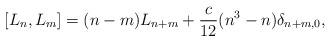
LaTeX: \begin{align*}[L_{n},L_{m}]=(n-m)L_{n+m} + \frac{c}{12}(n^{3}-n){\delta}_{n+m,0} ,\end{align*}